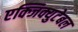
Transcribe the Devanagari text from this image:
एक्जिक्युटेबल